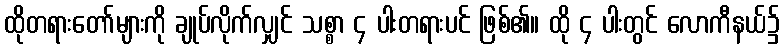
ထိုတရားတော်များကို ချုပ်လိုက်လျှင် သစ္စာ ၄ ပါးတရားပင် ဖြစ်၏။ ထို ၄ ပါးတွင် လောကီနယ်၌